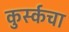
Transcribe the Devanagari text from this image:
कुर्स्कचा